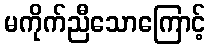
မကိုက်ညီသောကြောင့်